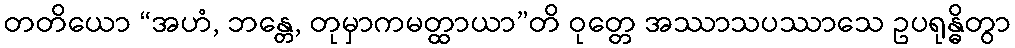
တတိယော “အဟံ, ဘန္တေ, တုမှာကမတ္ထာယာ”တိ ဝုတ္တေ အဿာသပဿာသေ ဥပရုန္ဓိတွာ